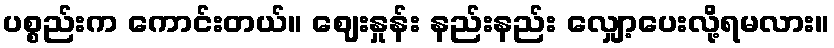
ပစ္စည်းက ကောင်းတယ်။ ဈေးနှုန်း နည်းနည်း လျှော့ပေးလို့ရမလား။